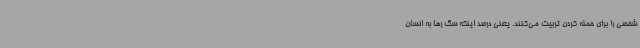
شخصی را برای حمله کردن تربیت می‌کنند. یعنی درصد اینکه سگ رها به انسان